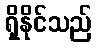
ရှိနိုင်သည်